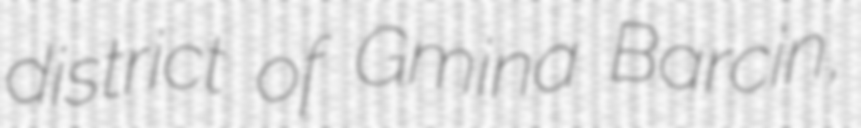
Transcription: district of Gmina Barcin,